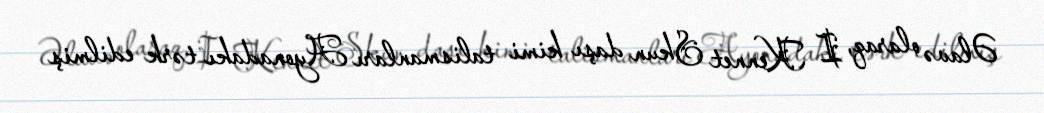
Əlavə olaraq, I Kennet Skun daşı kimi talismanları Ayonadakı tərk edilmiş